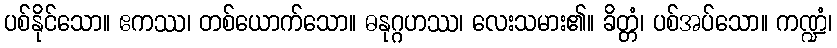
ပစ်နိုင်သော။ ဧကဿ၊ တစ်ယောက်သော။ ဓနုဂ္ဂဟဿ၊ လေးသမား၏။ ခိတ္တံ၊ ပစ်အပ်သော။ ကဏ္ဍံ၊